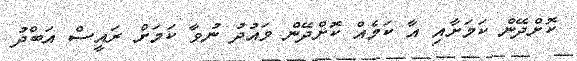
ކޮށްދޭން ކަމަށާއި އާ ކަމެއް ކޮށްދޭން ވައުދު ނުވާ ކަމަށް ރައީސް އަބްދު